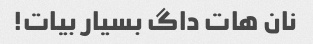
نان هات داگ بسیار بیات!